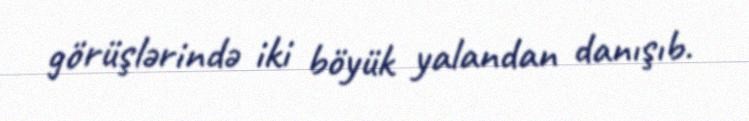
görüşlərində iki böyük yalandan danışıb.